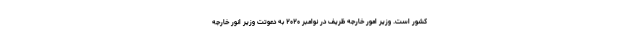
کشور است. وزیر امور خارجه ظریف در نوامبر ۲۰۲۰ به دعوتت وزیر انور خارجه